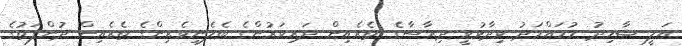
އަލީ ޝާހިދު މުހައްމަދު ވިދާޅުވީ ދިރާސާގެ ތެރެއިން ދަރިވަރުންގެ ބެލެނިވެރިންގެ ތެރެއިން ދުންފަތުގެ